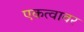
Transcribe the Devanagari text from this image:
एकत्वावर